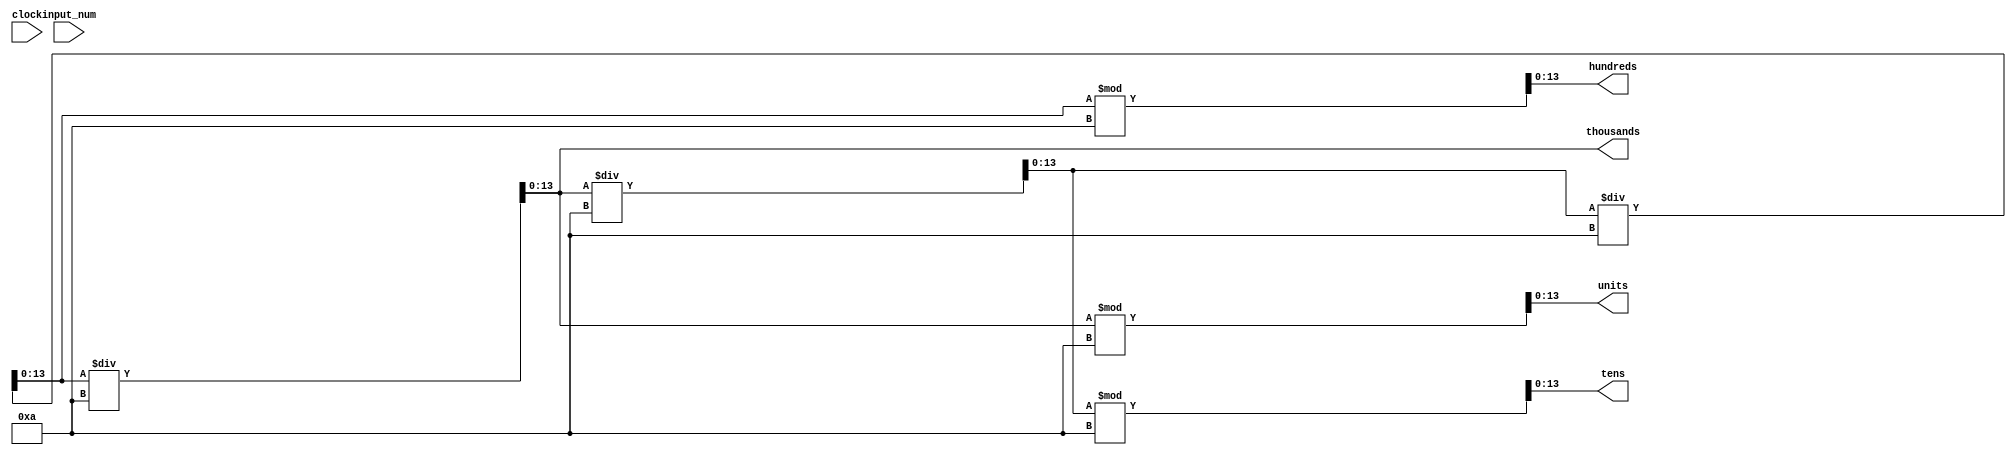
// separateResult
`timescale 1ns / 1ps
//////////////////////////////////////////////////////////////////////////////////
// Company: 
// Engineer: 
// 
// Design Name: 
// Module Name: separateResult
// Project Name: 
// Target Devices: 
// Tool Versions: 
// Description: 
// 
// Dependencies: 
// 
// Revision:
// Revision 0.01 - File Created
// Additional Comments:
// 
//////////////////////////////////////////////////////////////////////////////////

//(digit_final, units_final, tens_final, hundreds_final, thousands_final
module separateResult(
input clock,
input[13:0] input_num,
output reg[13:0] units, tens , hundreds, thousands 
    );
    
reg[13:0] num;

/*initial begin
    units = 0; 
    tens = 0; 
    hundreds = 0; 
    thousands = 0;
end
*/
    always@(clock) begin
    
    
        num <= input_num;
        
        units = num %10;
        num = num / 10;
        tens = num %10;
        num = num / 10;
        hundreds = num %10;
        num = num / 10;
        thousands = num ;
        /*
            if(num < 10) units = num;
            
            
            else if (num < 100) begin 
                units = num %10;
                num = num / 10;
                tens = num;
            end
            
            else if (num < 1000) begin 
                units = num %10;
                num = num / 10;
                tens = num%10;
                num = num / 10;
                hundreds = num;
            end
            
            else begin 
                units = num %10;
                num = num / 10;
                tens = num %10;
                num = num / 10;
                hundreds = num %10;
                num = num / 10;
                thousands = num ;
            end
        
    
        */
        
        end
endmodule